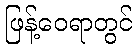
ဖြန့်ဝေရာတွင်